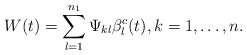
\begin{align*}W (t)=\sum_{l=1}^{n_1}\Psi_{kl} \beta^c_l(t), k=1,\dots,n.\end{align*}